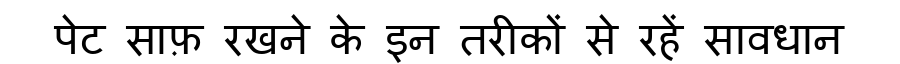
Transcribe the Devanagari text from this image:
पेट साफ़ रखने के इन तरीकों से रहें सावधान